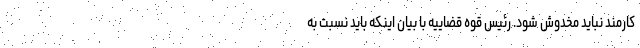
کارمند نباید مخدوش شود. رئیس قوه قضاییه با بیان اینکه باید نسبت به